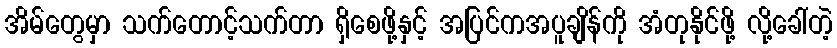
အိမ်တွေမှာ သက်တောင့်သက်တာ ရှိစေဖို့နှင့် အပြင်ကအပူချိန်ကို အံတုနိုင်ဖို့ လို့ခေါ်တဲ့